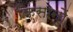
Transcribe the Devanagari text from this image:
किसानोें